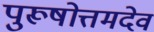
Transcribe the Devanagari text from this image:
पुरूषोत्तमदेव